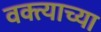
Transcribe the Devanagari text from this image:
वक्त्याच्या